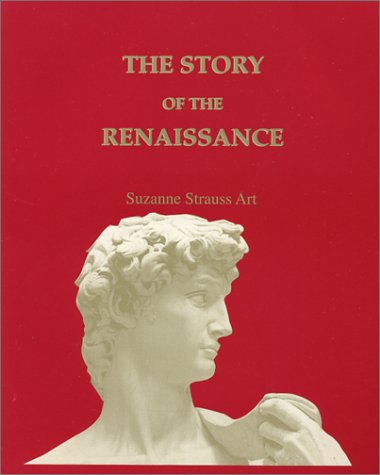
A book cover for Early Times: The Story of the Renaissance; Suzanne Strauss Art; Children's Books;